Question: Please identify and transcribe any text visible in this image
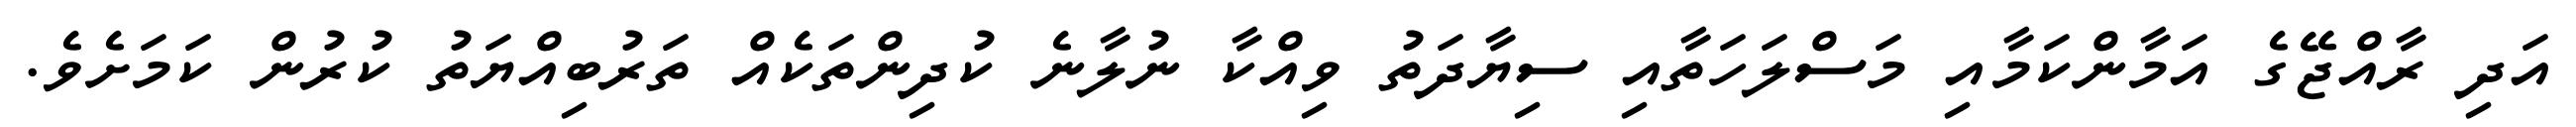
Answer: އަދި ރާއްޖޭގެ އަމާންކަމާއި މަސްލަހަތާއި ސިޔާދަތު ވިއްކާ ނުލާނެ ކުދިންތަކެއް ތަރުބިއްޔަތު ކުރުން ކަމަށެވެ.